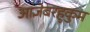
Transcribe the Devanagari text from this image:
आज्ञेबरहुकुम